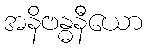
အနိဗန္ဓနီယော